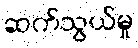
ဆက်သွယ်မှု